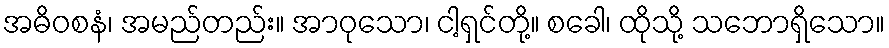
အဓိဝစနံ၊ အမည်တည်း။ အာဝုသော၊ ငါ့ရှင်တို့။ စခေါ၊ ထိုသို့ သဘောရှိသော။